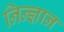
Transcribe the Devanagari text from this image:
निन्ज्ञान